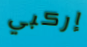
إركبي